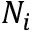
N _ { i }